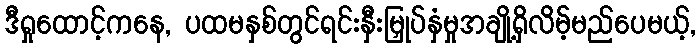
ဒီရှုထောင့်ကနေ, ပထမနှစ်တွင်ရင်းနှီးမြှုပ်နှံမှုအချို့ရှိလိမ့်မည်ပေမယ့်,